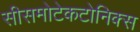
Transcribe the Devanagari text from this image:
सीसमोटेकटोनिक्‍स